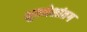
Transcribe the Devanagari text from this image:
भुवनेशांतग